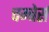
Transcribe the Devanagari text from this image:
चम्बेर्स